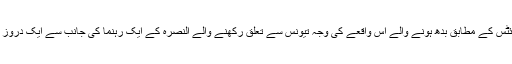
برطانیہ میں قائم سیریئن آبزرویٹری فار ہیومن رائٹس کے مطابق بدھ ہونے والے اس واقعے کی وجہ تیونس سے تعلق رکھنے والے النصرہ کے ایک رہنما کی جانب سے ایک دروز شخص کے گھر پر قبضہ کرنے کی کوشش تھی۔